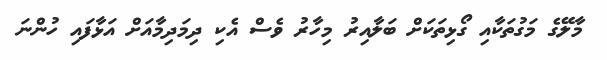
މާލޭގެ މަގުތަކާއި ގޯޅިތަކަށް ބަލާއިރު މިހާރު ވެސް އެކި ދިމަދިމާއަށް އަޅާފައި ހުންނަ